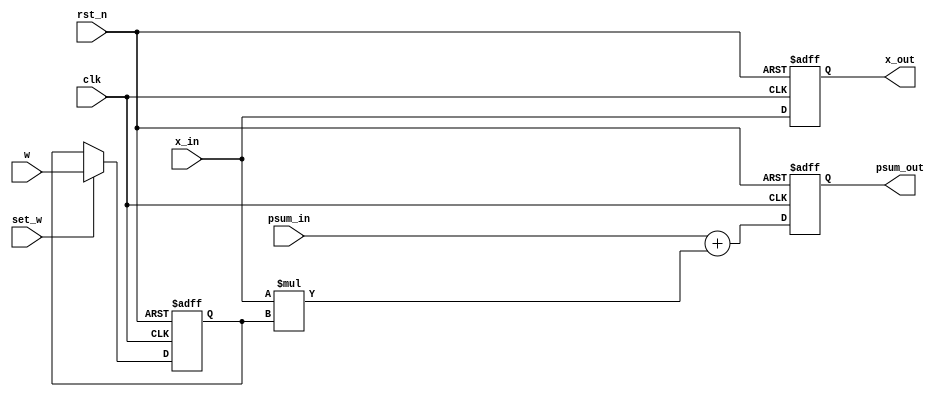
`timescale 1ns / 1ps

module PE
#(
    parameter data_width = 8,           
    parameter array_m = 16,             
    parameter array_n = 16,              
    parameter log2_array_m = 4
)
(
    input                                                   clk,
    input                                                   set_w,      
    input                                                   rst_n,      
    input signed [data_width-1:0]                           x_in,
    input signed [data_width-1:0]                           w,
    input signed [2*data_width+log2_array_m-1:0]            psum_in,   
    output reg signed [data_width-1:0]                      x_out,
    output reg signed [2*data_width+log2_array_m-1:0]       psum_out    
);
reg signed [data_width-1:0] reg_w;

always @(posedge clk or negedge rst_n) begin
    if(~rst_n)begin
        psum_out <= 0;
        reg_w <= 0;
        x_out <= 0;
    end
    else begin
        if(set_w) 
            reg_w <=w;
        psum_out <= psum_in + x_in*reg_w;
        x_out <= x_in;
    end
end
endmodule